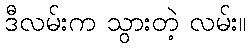
ဒီလမ်းက သွားတဲ့ လမ်း။